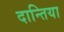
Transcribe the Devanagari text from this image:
दान्तिया